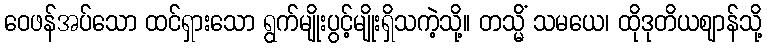
ဝေဖန်အပ်သော ထင်ရှားသော ရွက်မျိုးပွင့်မျိုးရှိသကဲ့သို့။ တသ္မိံ သမယေ၊ ထိုဒုတိယဈာန်သို့